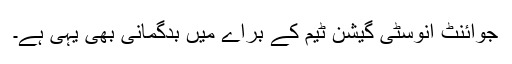
جوائنٹ انوسٹی گیشن ٹیم کے براے میں بدگمانی بھی یہی ہے۔